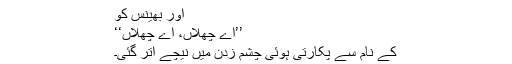
اور بھینس کو
’’اے چھلاں، اے چھلاں‘‘
کے نام سے پکارتی ہوئی چشم زدن میں نیچے اتر گئی۔